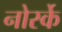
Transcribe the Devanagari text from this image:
नोर्स्के